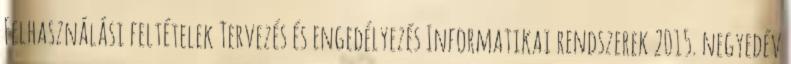
Felhasználási feltételek Tervezés és engedélyezés Informatikai rendszerek 2015. negyedév